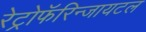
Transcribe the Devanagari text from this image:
रेट्रोफॅरिन्जायटल